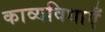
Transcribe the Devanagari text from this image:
काव्यविधाएँ